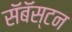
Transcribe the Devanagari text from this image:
सॅबॅस्टन